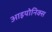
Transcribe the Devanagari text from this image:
आइयोनिक्स